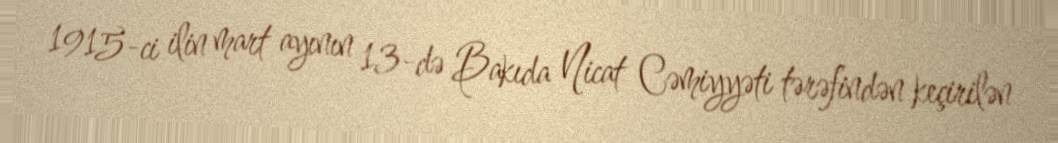
1915-ci ilin mart ayının 13-də Bakıda Nicat Cəmiyyəti tərəfindən keçirilən